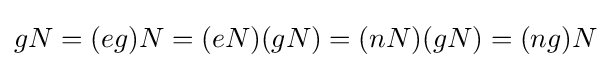
gN=(eg)N=(eN)(gN)=(nN)(gN)=(ng)N